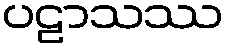
ပဠာသဿ